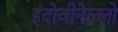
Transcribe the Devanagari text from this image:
इंदोवीनेल्लो